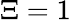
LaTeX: \Xi=1